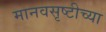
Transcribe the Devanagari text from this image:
मानवसृष्टीच्या